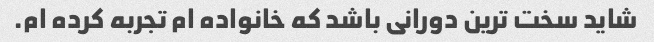
شاید سخت ترین دورانی باشد که خانواده ام تجربه کرده ام.